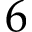
6